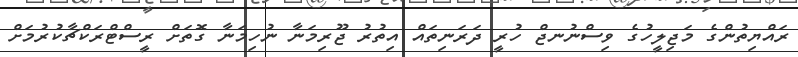
ރައްޔިތުންގެ މަޖިލީހުގެ ވިސްނުނޖް ހުރީ ދަރަނިތައް އިތުރު ޖޫރިމަނާ ނުހިމަނާ ގޮތަށް ރީސްޓްރަކްޗާކުރުމަށް